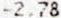
-2.78